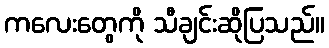
ကလေးတွေကို သီချင်းဆိုပြသည်။